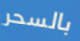
بالسحر